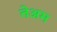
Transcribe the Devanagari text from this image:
तेअम